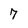
Character: 7